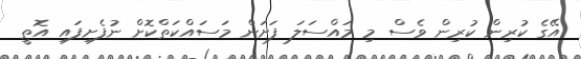
އޭގެ ކުރިން ކުރިން ވެސް މި މައްސަލަ ފަށަން މަސައްކަތްކޮށް ނުފެށިފައި އޮތީ